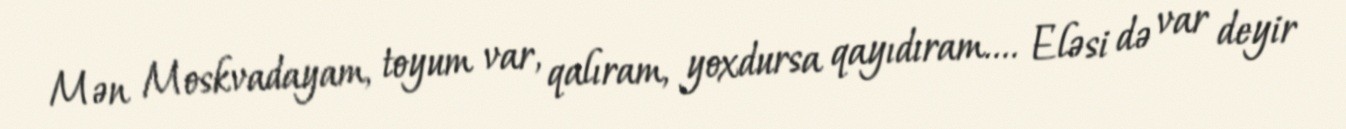
Mən Moskvadayam, toyum var, qalıram, yoxdursa qayıdıram.... Eləsi də var deyir